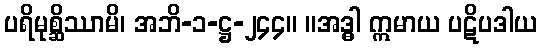
ပရိမုစ္ဆိဿာမိ၊ အဘိ-၁-ဋ္ဌ-၂၄၄။ ။အဒ္ဓါ ဣမာယ ပဋိပဒါယ